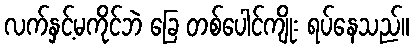
လက်နှင့်မကိုင်ဘဲ ခြေ တစ်ပေါင်ကျိုး ရပ်နေသည်။